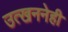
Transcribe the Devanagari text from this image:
उत्खननेही